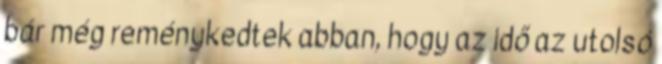
bár még reménykedtek abban, hogy az idő az utolsó